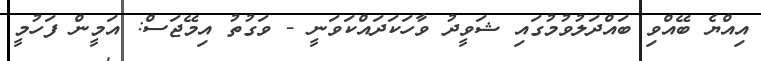
އިއްޔެ ބޭއްވި ބައްދަލުވުމުގައި ޝަވީދު ވާހަކަދައްކަވަނީ - ވަގުތު އިމޭޖަސް: އަމީން ފަހުމީ